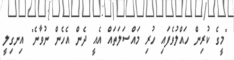
"މީގެ ކުރިން ހައްލުވެފައި ހުރި މައްސަލަތައް އެއީ ދެން އެހެން ނުވާނެ" އިނގިލީ